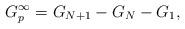
LaTeX: \begin{align*} G_p^{\infty} =G_{N+1}-G_N-G_1,\end{align*}